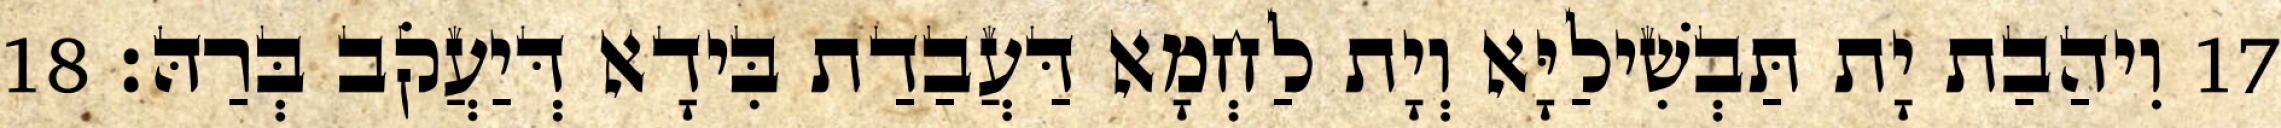
17 וִיהַבַת יָת תַּבְשִׁילַיָּא וְיָת לַחְמָא דַּעֲבַדַת בִּידָא דְּיַעֲקֹב בְּרַהּ׃ 18